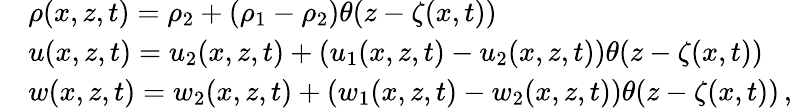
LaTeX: \begin{array}{rl}&{\rho(x,z,t)=\rho_{2}+(\rho_{1}-\rho_{2})\theta(z-\zeta(x,t))}\\ &{u(x,z,t)=u_{2}(x,z,t)+(u_{1}(x,z,t)-u_{2}(x,z,t))\theta(z-\zeta(x,t))}\\ &{w(x,z,t)=w_{2}(x,z,t)+(w_{1}(x,z,t)-w_{2}(x,z,t))\theta(z-\zeta(x,t))\, ,}\end{array}